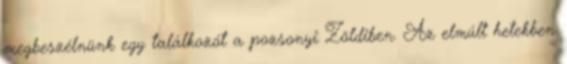
megbeszélnünk egy találkozót a pozsonyi Zöldiben. Az elmúlt hetekben